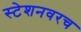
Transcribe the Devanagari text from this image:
स्टेशनवरच